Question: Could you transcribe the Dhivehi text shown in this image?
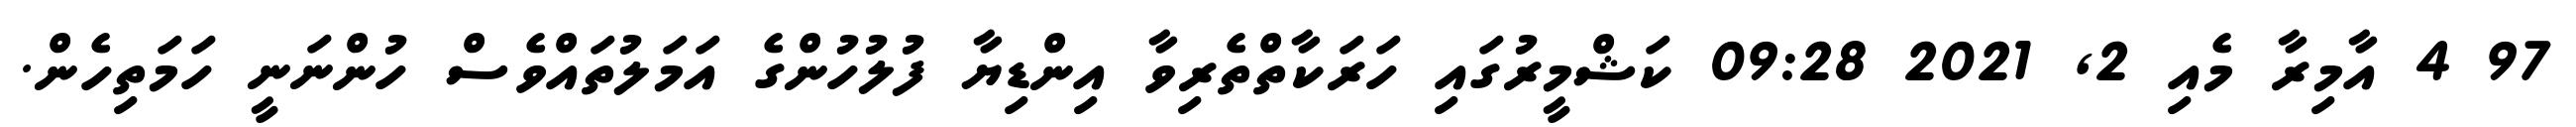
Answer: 97 4 އާމިރާ މެއި 2, 2021 09:28 ކަޝްމީރުގައި ހަރަކާތްތެރިވާ އިންޑިޔާ ފުލުހުންގެ އަމަލުތައްވެސް ހުންނަނީ ހަމަތިހެން.